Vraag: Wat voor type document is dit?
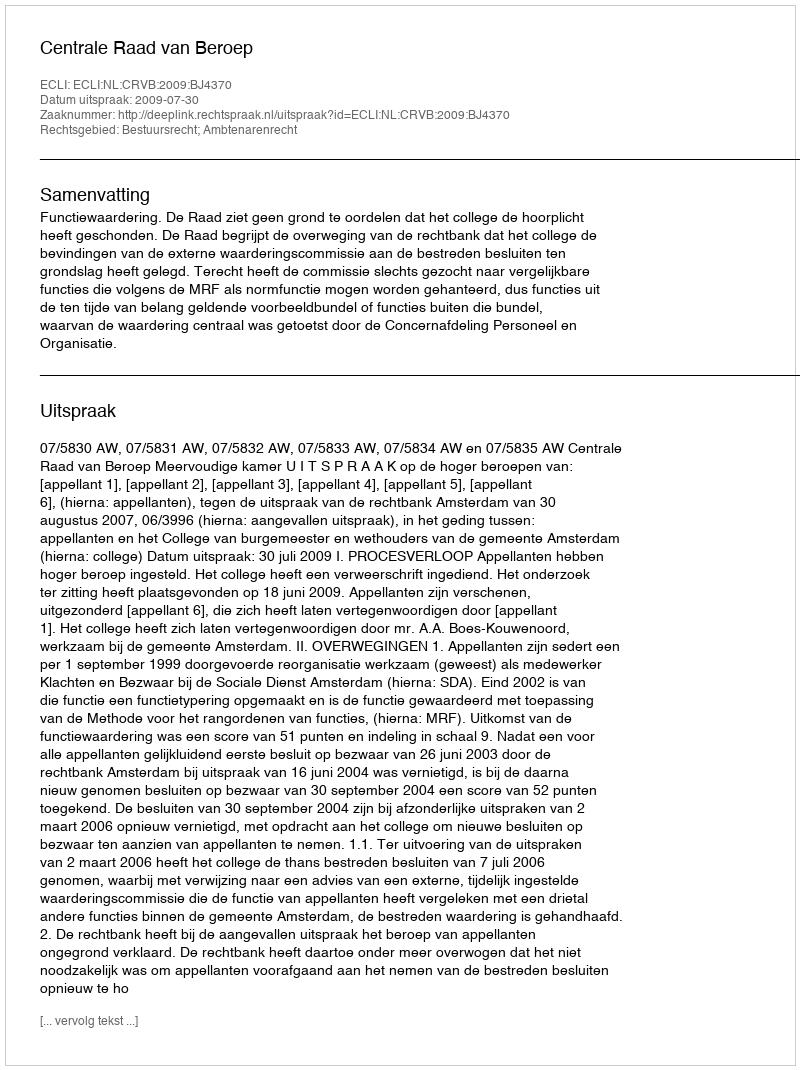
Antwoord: Uitspraak